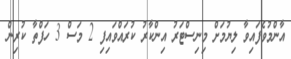
އާންމުވެފައިވާ ލިޔުމަށް މިނިސްޓަރު އިންކާރު ކުރައްވައިފި 2 މަސް 3 ހަފްތާ ކުރިން